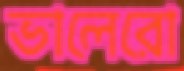
ভালেরো